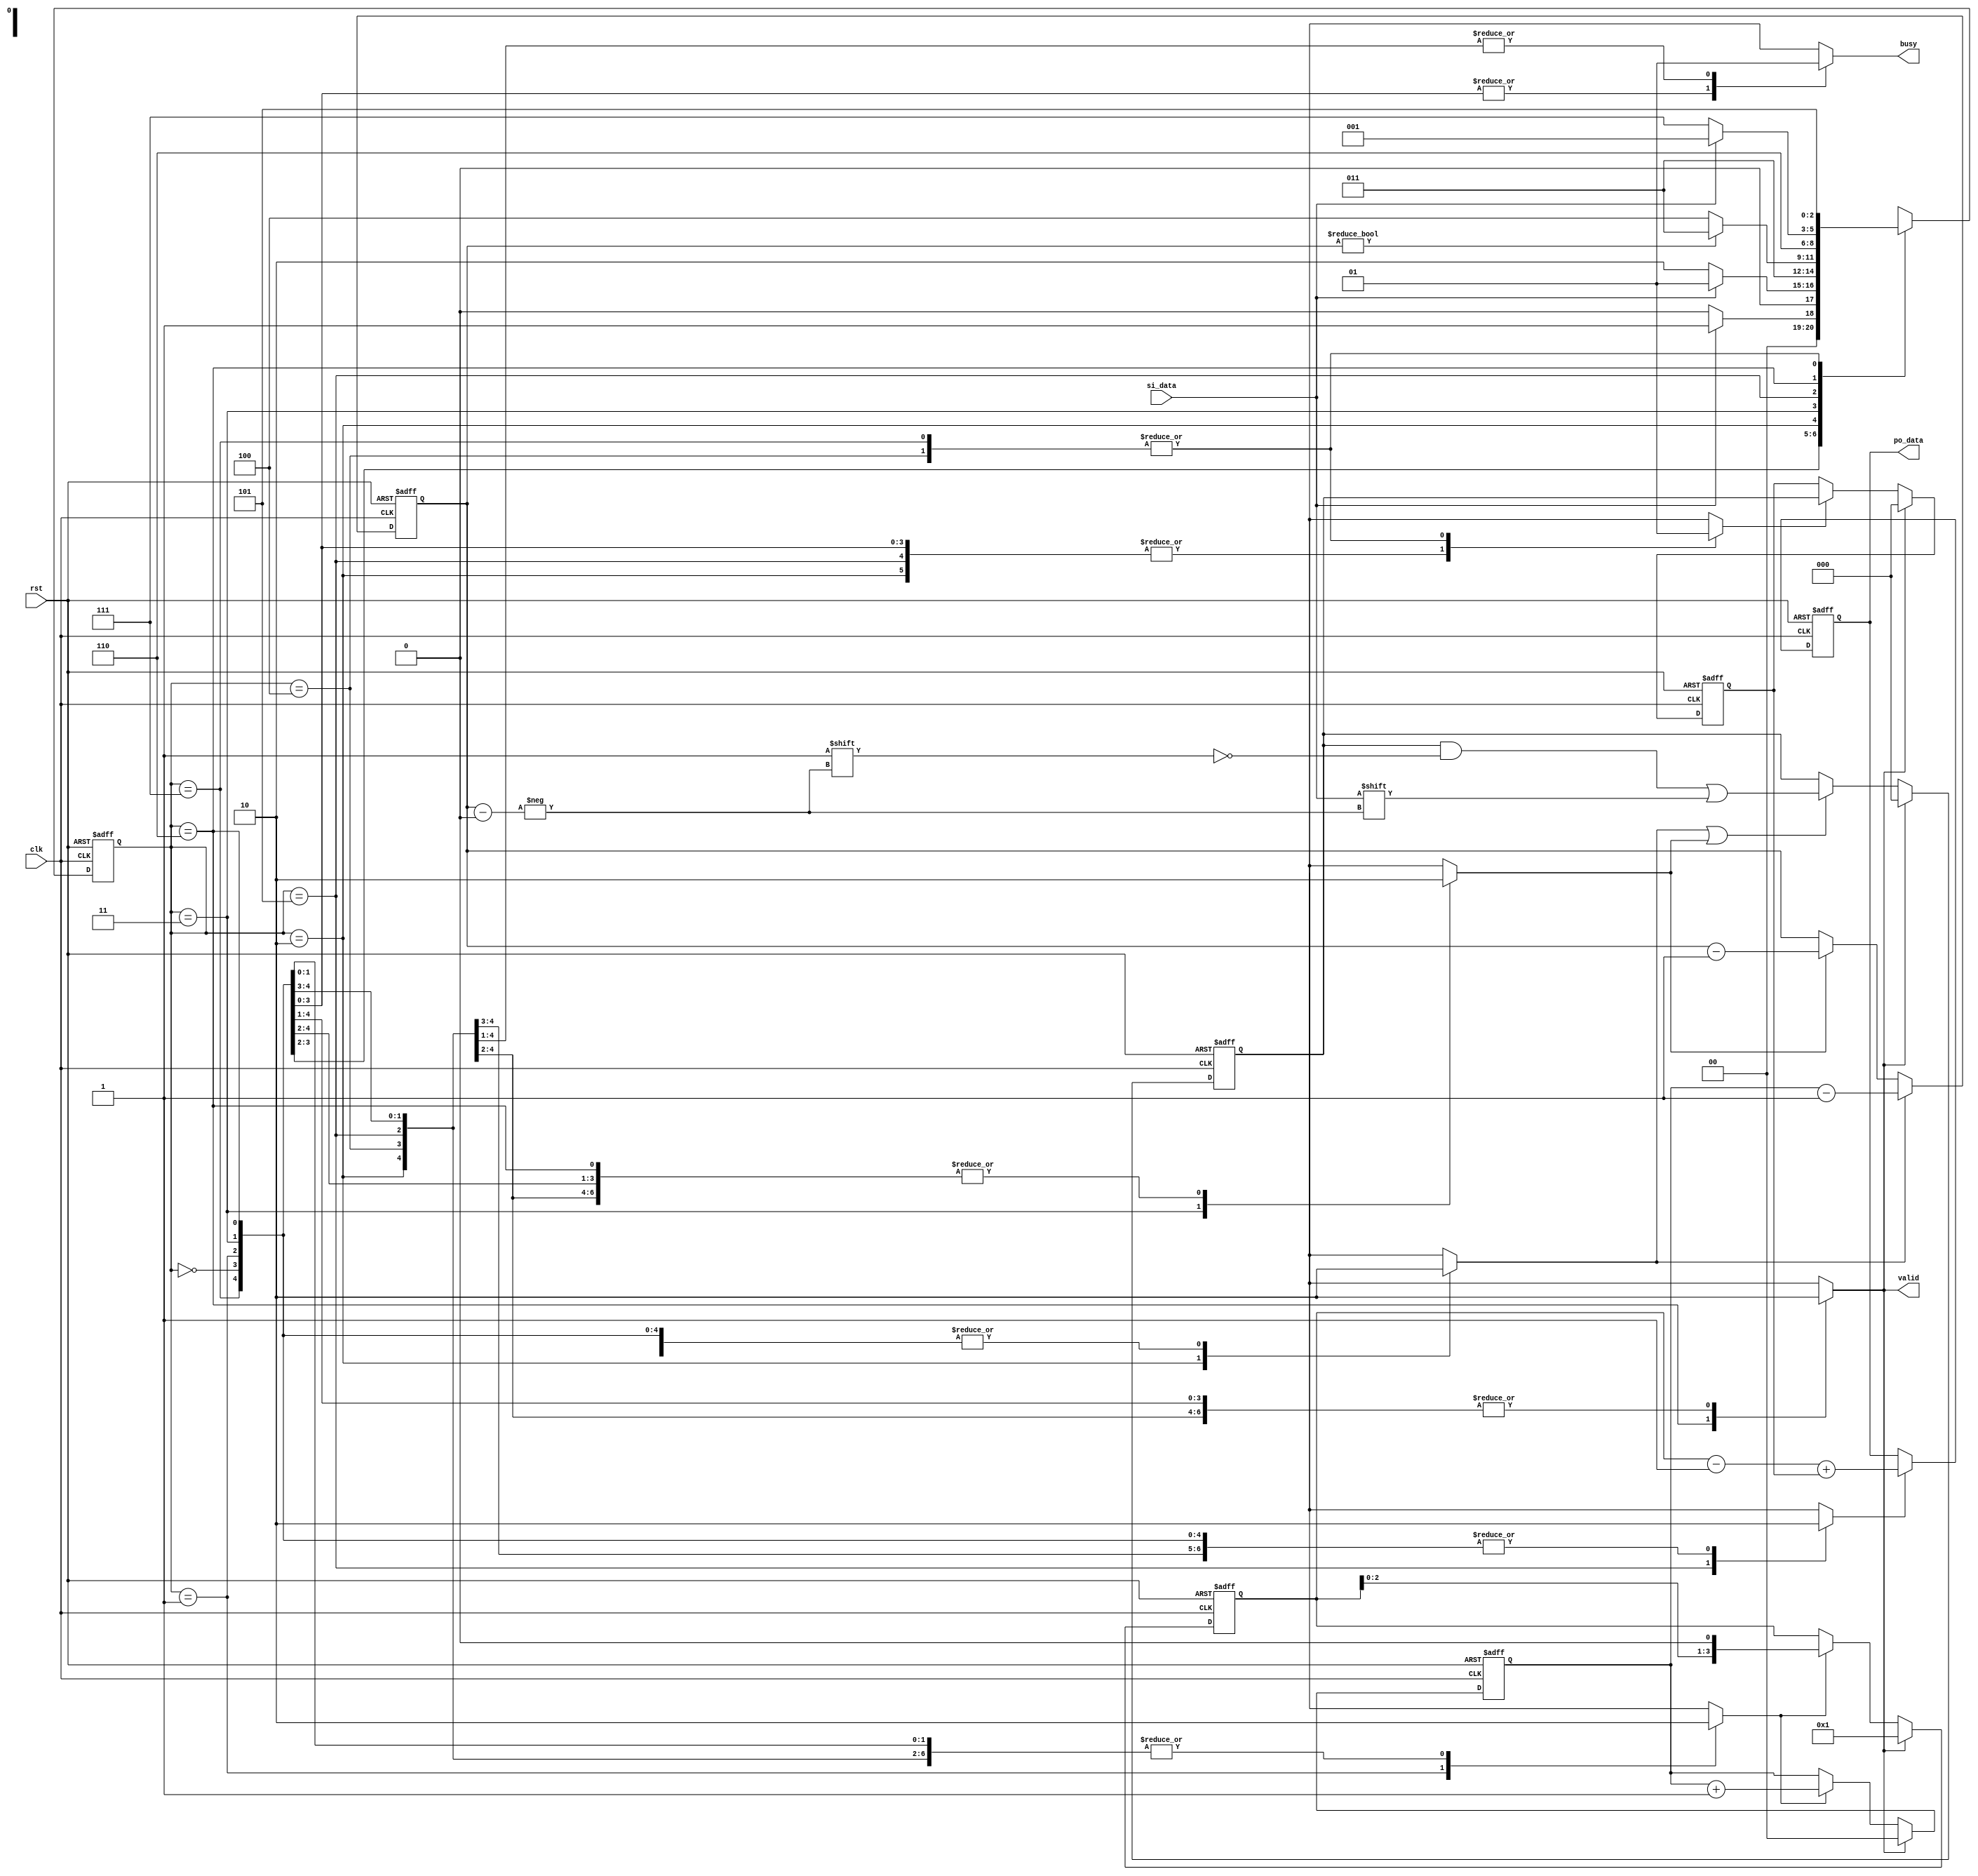
module EGD(
	input clk,
	input rst,
	input si_data,
	output reg busy,
	output reg valid,
	output reg [3:0] po_data
);
//FSM
    reg load_prefix, output_offset;
    reg load_p_input, sub_p;
    reg clear_prefix, clear_offset;
    wire load_offset;
    reg output_ans;
//add1
    reg [1:0] EGD_prefix;
//power2
    reg [3:0] power2; 
//sub1
    reg [1:0] prefix_down;
//offset
    reg [2:0] EGD_offset; 
//output
    wire [3:0] answer;

//FSM
    reg [2:0] state_ns, state_cs;
    parameter S0 = 3'b000; //initial state
    parameter S1 = 3'b001; //read prefix
    parameter S2 = 3'b010; //get prefix
    parameter S3 = 3'b011; //get offset
    parameter S4 = 3'b100; //output offset //get answer
    parameter S5 = 3'b101; //get answer
    parameter S6 = 3'b110; //clean
    parameter S7 = 3'b111; //output offset - answer is 0
    
    always @ (posedge clk or posedge rst)  begin
        if(rst) state_cs <= S0;
        else state_cs <= state_ns;
    end

    always @ (*) begin
        case(state_cs)
            S0: begin //initial state
                valid = 0;
                busy = 0;
                load_prefix = 0;
                load_p_input = 0;
                sub_p = 0;
                output_offset = 0;
                output_ans = 0;
                clear_prefix = 0;
                clear_offset = 0;
                
                if(si_data) state_ns = S1;
                else state_ns = S0;
            end
            
            S1: begin //read prefix
                valid = 0;
                busy = 0;
                load_prefix = 1;
                load_p_input = 0;
                sub_p = 0;
                output_offset = 0;
                output_ans = 0;
                clear_prefix = 0;
                clear_offset = 0;
                
                if(si_data) state_ns = S1;
                else state_ns = S2;
            end
        
            S2: begin //get prefix
                valid = 0;
                busy = 1;
                load_prefix = 0;
                load_p_input = 1;
                sub_p = 0;
                output_offset = 0;
                output_ans = 0;
                clear_prefix = 0;
                clear_offset = 0;
                
                state_ns = S3;
            end
        
            S3: begin //get offset
                valid = 0;
                busy = 0;
                load_prefix = 0;
                load_p_input = 0;
                sub_p = 1;
                output_offset = 0;
                output_ans = 0;
                clear_prefix = 0;
                clear_offset = 0;
                
                if(prefix_down) state_ns = S3;
                else state_ns = S4;
            end
        
            S4: begin //output offset
                valid = 0;
                busy = 1;
                load_prefix = 0;
                load_p_input = 0;
                sub_p = 0;
                output_offset = 1;
                output_ans = 0;
                clear_prefix = 0;
                clear_offset = 0;
                
                state_ns = S5;
            end
            
            S5: begin //get answer
                valid = 0;
                busy = 1;
                load_prefix = 0;
                load_p_input = 0;
                sub_p = 0;
                output_offset = 0;
                output_ans = 1;
                clear_prefix = 0;
                clear_offset = 0;
                
                state_ns = S6;
            end
        
            S6: begin //clear
                valid = 1;
                busy = 0;
                load_prefix = 0;
                load_p_input = 0;
                sub_p = 0;
                output_offset = 0;
                output_ans = 0;
                clear_prefix = 1;
                clear_offset = 1;
                
                if(si_data) state_ns = S1;
                else state_ns = S7;
            end
        
            S7: begin //output offset - answer is 0
                valid = 0;
                busy = 1;
                load_prefix = 0;
                load_p_input = 0;
                sub_p = 0;
                output_offset = 1;
                output_ans = 0;
                clear_prefix = 0;
                clear_offset = 0;
                
                state_ns = S5;
            end

		    default: state_ns = state_cs;
        endcase
    end

//add1
    always@(posedge clk or posedge rst) begin
        if(rst) EGD_prefix <= 2'b00;
        else if(clear_prefix) EGD_prefix <= 2'b00;
        else if(load_prefix) EGD_prefix <= EGD_prefix +1; 
    end

//power2
    always@(posedge clk or posedge rst) begin
        if(rst) power2 <= 4'b0001;
        else if(clear_prefix) power2 <= 4'b0001;
        else if(load_prefix) power2 <= power2 << 1; 
    end

//sub1
    always@(posedge clk or posedge rst) begin
        if(rst) prefix_down <= 2'b00;
        else if(load_p_input) prefix_down <= EGD_prefix - 1;
        else if(sub_p) prefix_down <= prefix_down - 1;
    end

//offset
    assign load_offset = load_p_input || sub_p;
    reg [2:0] temp; //a container for offset

    always@(posedge clk or posedge rst) begin
        if(rst) temp <= 3'b000;
        else if(clear_offset) temp <= 3'b000;
        else if(load_offset) temp[prefix_down] <= si_data;
    end
    
    always@(posedge clk or posedge rst) begin
        if(rst) EGD_offset <= 3'b000;
        else if(clear_offset) EGD_offset <= 3'b000;
        else if(output_offset) EGD_offset <= temp;
    end

    assign answer = power2 - 1 + EGD_offset;
//output po_data
    always@(posedge clk or posedge rst) begin
        if(rst) po_data <= 4'b000;
        //else if(clear_offset) po_data <= 4'b000;
        else if(output_ans) po_data <= answer;
    end

endmodule